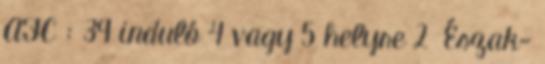
AFC : 39 induló 4 vagy 5 helyre 2 Észak-